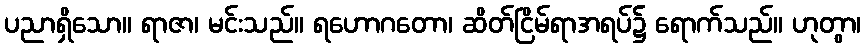
ပညာရှိသော။ ရာဇာ၊ မင်းသည်။ ရဟောဂတော၊ ဆိတ်ငြိမ်ရာအရပ်၌ ရောက်သည်။ ဟုတွာ၊